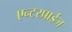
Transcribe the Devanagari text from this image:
एन्टरप्राईज